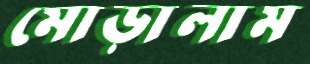
মোড়ালাম